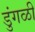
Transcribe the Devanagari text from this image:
डुंगळी